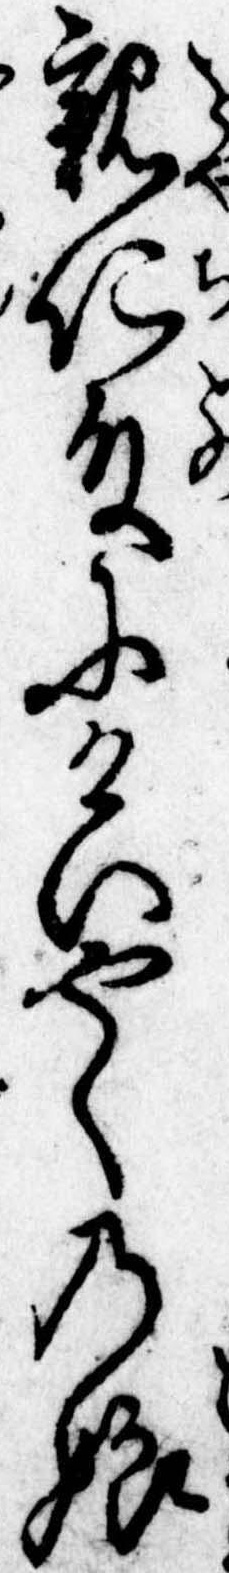
親仁殿にけいやくの娘